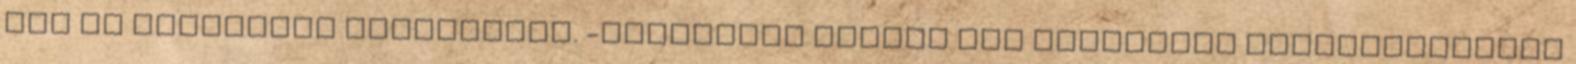
Apó út kátyúinak kijavítása. -Általános Iskola két tantermes épületrészének